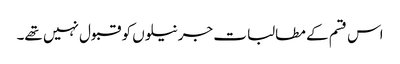
اس قسم کے مطالبات جرنیلوں کو قبول نہیں تھے۔